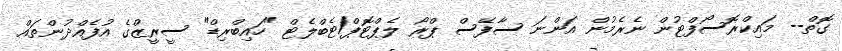
ގޮތް-- މައިކްރޮސޯފްޓުން ނެރެމުން އަންނަ ސާފޭސް ޕްރޯ ލެޕްޓޮޕް/ޓެބްލެޓް "ހައިބްރިޑް" ސީރީޒްގެ އުފެއްދުންތައް